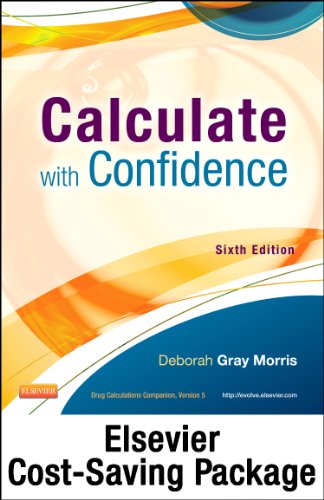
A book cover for Drug Calculations Online for Calculate with Confidence (Access Card and Textbook Package), 6e; Deborah C. Gray Morris RN  BSN  MA  LNC; Medical Books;